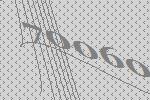
70060